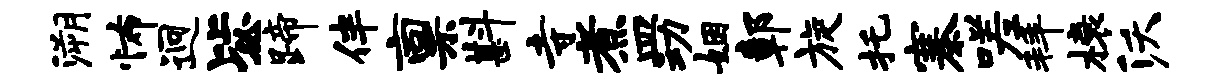
溯怖迥毖蹄伴禀斟寺煮皿动姻鄣旋托寨嗟拜榱沃